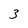
Character: 3